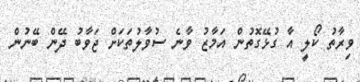
ވިރާތު ކޯލީ އާ ގުޅޭގޮތުން އަމާޒު ވާނެ ސުވާލުތަކަށް ޖަވާބު ދޭން ބޭނުން